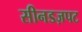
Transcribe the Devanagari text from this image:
सीनडज़पट